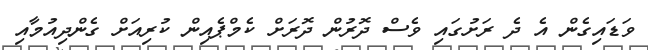
ވަޑައިގެން އެ ދެ ރަށުގައި ވެސް ދޮރުން ދޮރަށް ކެމްޕެއިން ކުރިއަށް ގެންދިއުމާއި